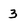
Character: 3